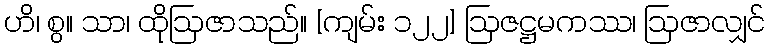
ဟိ၊ စွ။ သာ၊ ထိုဩဇာသည်။ [ကျမ်း ၁၂၂] ဩဇဋ္ဌမကဿ၊ ဩဇာလျှင်